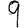
Digit: 9